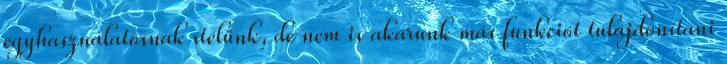
egyhasználatosnak ítélünk, de nem is akarunk más funkciót tulajdonítani